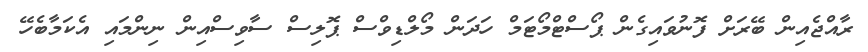
ރާއްޖެއިން ބޭރަށް ފޮނުވައިގެން ޕޯސްޓްމޯޓަމް ހަދަން މޯލްޑިވްސް ޕޮލިސް ސާވިސްއިން ނިންމައި އެކަމާބެހޭ